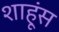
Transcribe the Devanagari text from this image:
शाहूंस